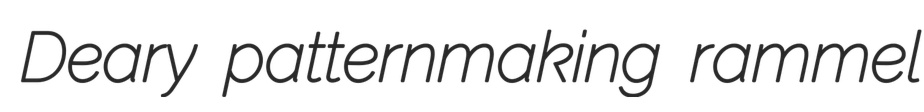
Deary patternmaking rammel